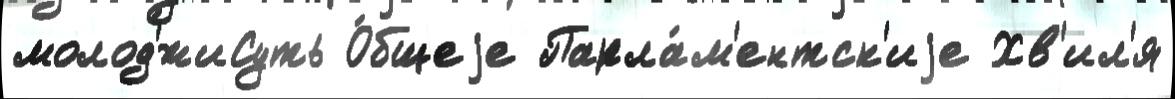
молод'́жиСуть О́бщеjе Парла́м'ентск'иjе Хв'ил'я